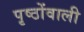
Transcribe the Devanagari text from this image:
पृष्ठोंवाली